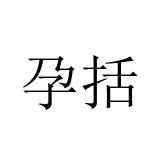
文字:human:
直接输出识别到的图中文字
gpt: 孕括